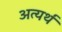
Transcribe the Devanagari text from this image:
अत्यर्थं